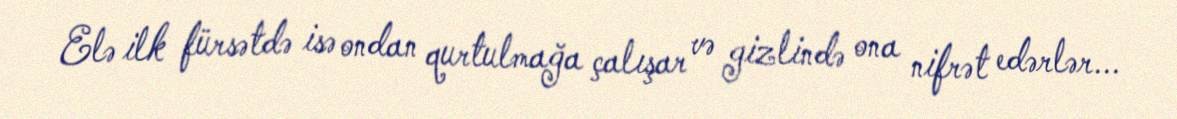
Elə ilk fürsətdə isə ondan qurtulmağa çalışar və gizlində ona nifrət edərlər...